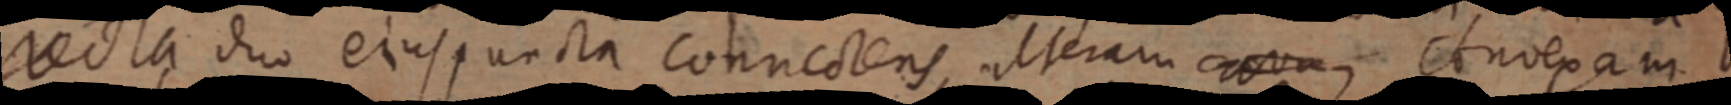
recta duo ejus puncta connectens, alteram curva convexam